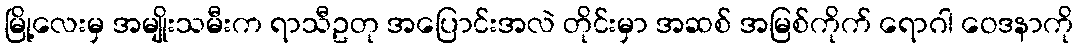
မြို့လေးမှ အမျိုးသမီးက ရာသီဥတု အပြောင်းအလဲ တိုင်းမှာ အဆစ် အမြစ်ကိုက် ရောဂါ ဝေဒနာကို